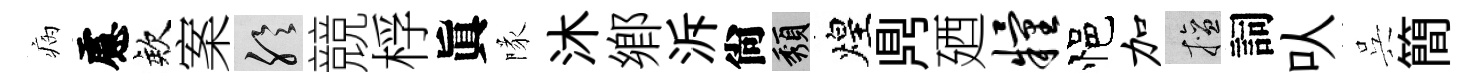
病慮欸案聆競桴眞隊沐鄕泝尙頽煌𪔂廼粮悒加擅詞㕥呉簡